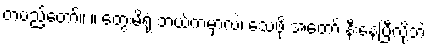
တပည့်တော်။ ။ တွေးမိရုံ ဘယ်ကမှာလဲ၊ သေဖို့ အတော် နီးနေပြီလို့ဘဲ